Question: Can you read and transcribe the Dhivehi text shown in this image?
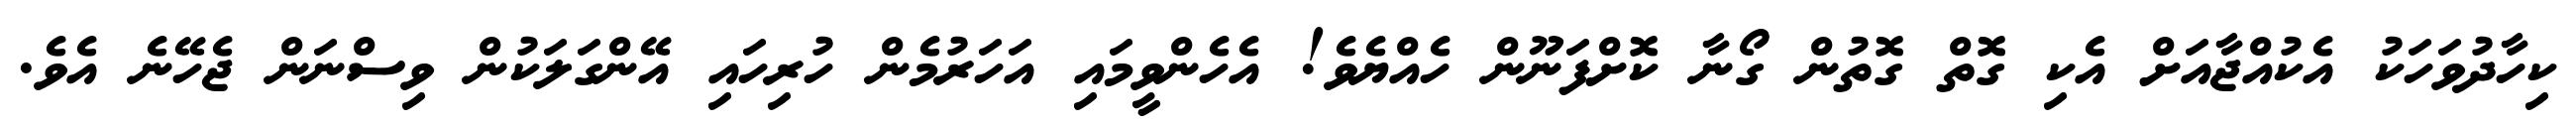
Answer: ކިހާދުވަހަކު އެކުއްޖާއަށް އެކި ގޮތް ގޮތުން ގޯނާ ކޮށްފަނޫން ހެއްޔެވެ! އެހެންވީމައި އަހަރުމެން ހުރިހައި އޭންގަލަކުން ވިސްނަން ޖެހޭނެ އެވެ.